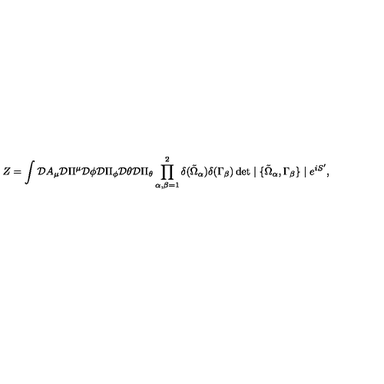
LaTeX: Z = \int { \cal D } A _ { \mu } { \cal D } \Pi ^ { \mu } { \cal D } \phi { \cal D } \Pi _ { \phi } { \cal D } \theta { \cal D } \Pi _ { \theta } \prod _ { \alpha , \beta = 1 } ^ { 2 } \delta ( \tilde { \Omega } _ { \alpha } ) \delta ( \Gamma _ { \beta } ) \det \mid \{ \tilde { \Omega } _ { \alpha } , \Gamma _ { \beta } \} \mid e ^ { i S ^ { \prime } } ,